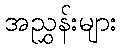
အညွှန်းများ